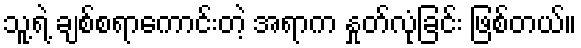
သူ့ရဲ့ ချစ်စရာကောင်းတဲ့ အရာက နှုတ်လုံခြင်း ဖြစ်တယ်။